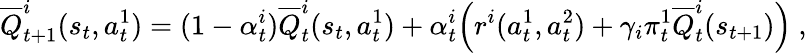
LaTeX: \overline{{Q}}_{t+1}^{i}(s_{t},a_{t}^{1})=(1-\alpha_{t}^{i})\overline{{Q}}_{t}^{i}(s_{t},a_{t}^{1})+\alpha_{t}^{i}\Big(r^{i}(a_{t}^{1},a_{t}^{2})+\gamma_{i}\pi_{t}^{1}\overline{{Q}}_{t}^{i}(s_{t+1})\Big)\ ,